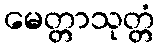
မေတ္တာသုတ္တံ